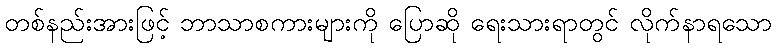
တစ်နည်းအားဖြင့် ဘာသာစကားများကို ပြောဆို ရေးသားရာတွင် လိုက်နာရသော